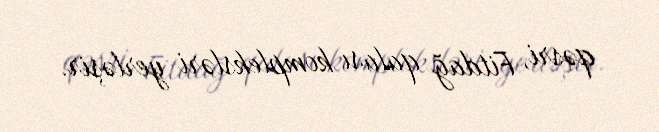
qəsri, Fitdağ qalası kompleksləri yerləşir.